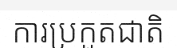
ការប្រកួតជាតិ